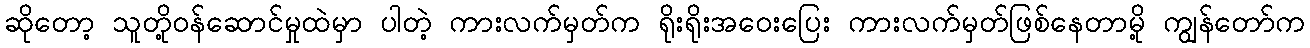
ဆိုတော့ သူတို့ဝန်ဆောင်မှုထဲမှာ ပါတဲ့ ကားလက်မှတ်က ရိုးရိုးအဝေးပြေး ကားလက်မှတ်ဖြစ်နေတာမို့ ကျွန်တော်က